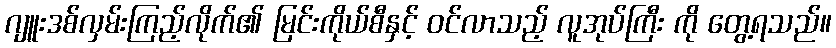
ဂျူးဒစ်လှမ်းကြည့်လိုက်၏ မြင်းကိုယ်စီနှင့် ဝင်လာသည့် လူအုပ်ကြီး ကို တွေ့ရသည်။